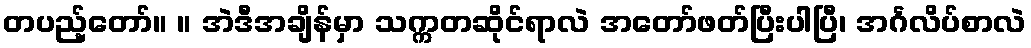
တပည့်တော်။ ။ အဲဒီအချိန်မှာ သက္ကတဆိုင်ရာလဲ အတော်ဖတ်ပြီးပါပြီ၊ အင်္ဂလိပ်စာလဲ